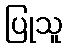
ပြုသူ